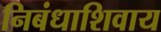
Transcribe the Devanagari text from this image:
निबंधाशिवाय